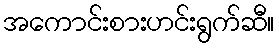
အကောင်းစားဟင်းရွက်ဆီ။